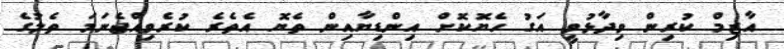
އާޒިމް ކުރިން ވިދާޅުވީ އަގު ހެޔޮކޮށް އިންޑިޔާއިން ތެޔޮ އެތެރެ ކުރެވިއްޖެނަމަ ތެލުގެ